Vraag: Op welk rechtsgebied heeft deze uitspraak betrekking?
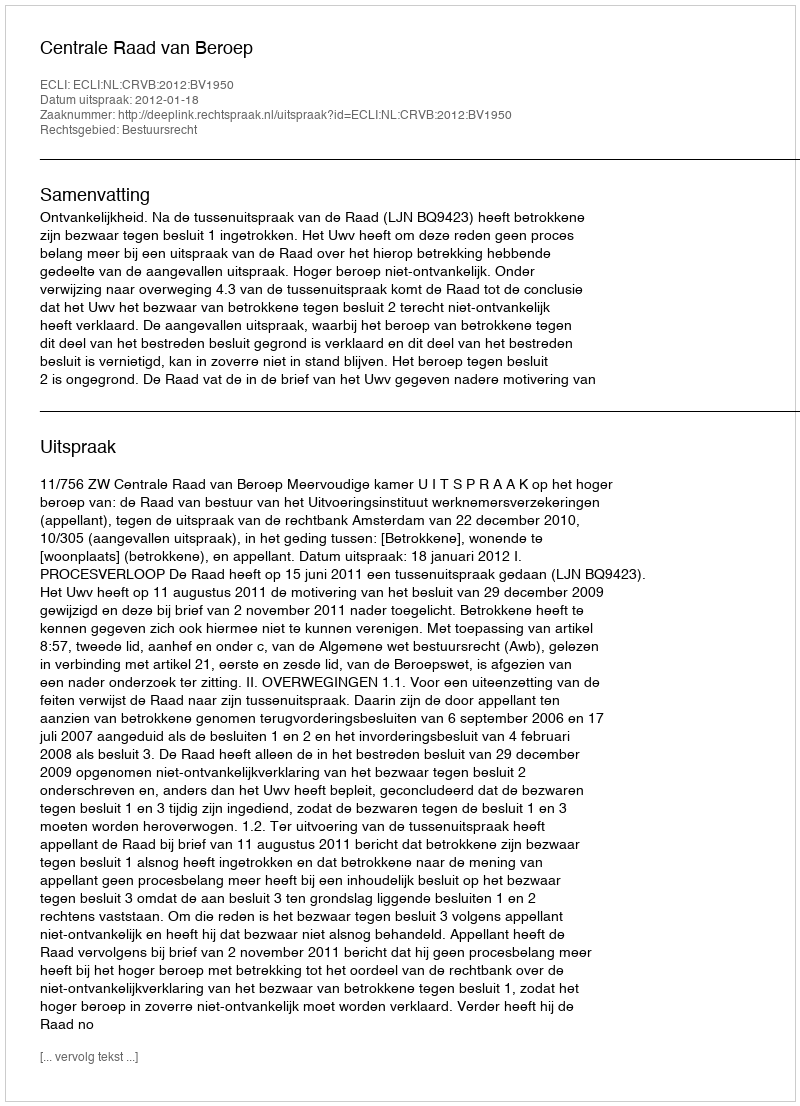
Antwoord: Bestuursrecht